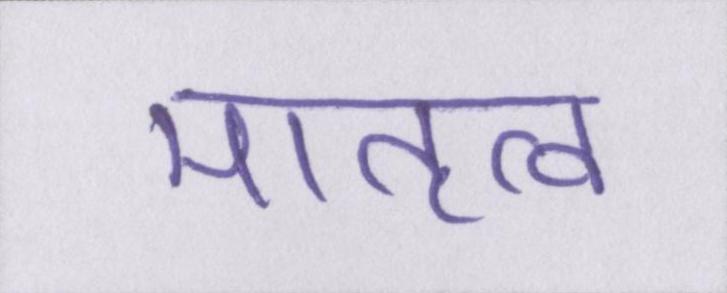
मातृत्व